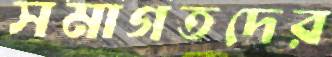
সমাগতদের